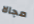
مجالا